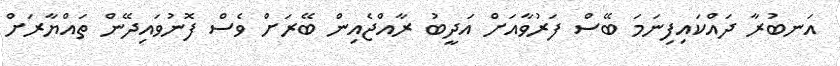
އަނބުރާ ދައްކައިފިނަމަ ބޭސް ފަރުވާއަށް އަދީބު ރާއްޖެއިން ބޭރަށް ވެސް ފޮނުވައިދޭން ތައްޔާރަށް